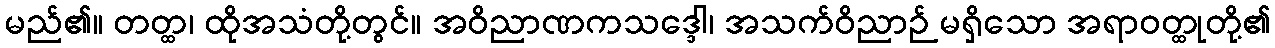
မည်၏။ တတ္ထ၊ ထိုအသံတို့တွင်။ အဝိညာဏကသဒ္ဒေါ၊ အသက်ဝိညာဉ် မရှိသော အရာဝတ္ထုတို့၏